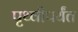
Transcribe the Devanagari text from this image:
पृथ्वीपर्यंत